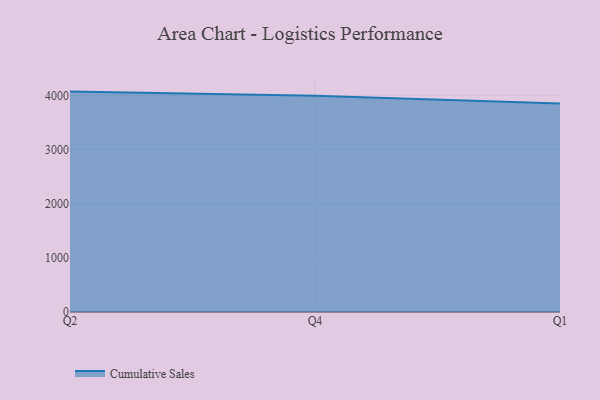
{"axis": {"x": "Quarter", "y": "Population (Million)"}, "legend": ["Cumulative Sales"], "data": [{"x": "Q2", "y": 4069.6, "type": "Cumulative Sales"}, {"x": "Q4", "y": 3993.3, "type": "Cumulative Sales"}, {"x": "Q1", "y": 3851.9, "type": "Cumulative Sales"}]}